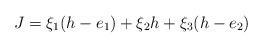
LaTeX: \begin{align*} J= \xi_1(h-e_1) + \xi_2 h + \xi_3 (h-e_2)\end{align*}